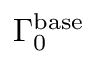
\Gamma _ { 0 } ^ { \mathrm { b a s e } }